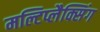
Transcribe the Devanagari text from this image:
मल्टिप्लैक्सिंग